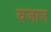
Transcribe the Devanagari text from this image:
वजाज